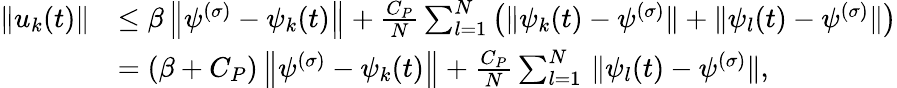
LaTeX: \begin{array}{rl}{\| u_{k}(t)\| }&{\leq\beta\left\| \psi^{(\sigma)}-\psi_{k}(t)\right\| +\frac{C_{P}}{N}\sum_{l=1}^{N}\left(\| \psi_{k}(t)-\psi^{(\sigma)}\| +\| \psi_{l}(t)-\psi^{(\sigma)}\| \right)}\\ &{=(\beta+C_{P})\left\| \psi^{(\sigma)}-\psi_{k}(t)\right\| +\frac{C_{P}}{N}\sum_{l=1}^{N}\, \| \psi_{l}(t)-\psi^{(\sigma)}\| ,}\end{array}